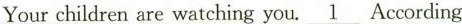
Yourchildren are watching you. \underline{1} According